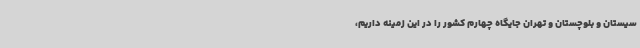
سیستان و بلوچستان و تهران جایگاه چهارم کشور را در این زمینه داریم،